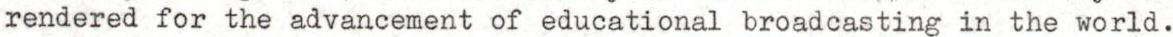
rendered for the advancement of educational broadcasting in the world.